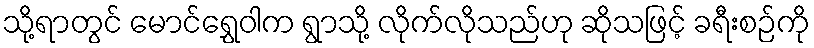
သို့ရာတွင် မောင်ရွှေဝါက ရွာသို့ လိုက်လိုသည်ဟု ဆိုသဖြင့် ခရီးစဉ်ကို